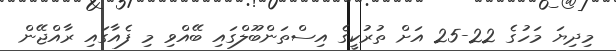
މިދިޔަ މަހުގެ 22-25 އަށް ތުރުކީގެ އިސްތަންބޫލްގައި ބޭއްވި މި ފެއާގައި ރާއްޖޭން